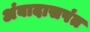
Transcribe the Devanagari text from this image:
अंबादासपंत